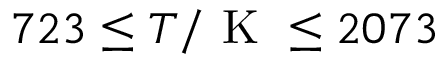
7 2 3 \le T / \mathrm { ~ K ~ } \le 2 0 7 3